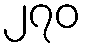
၂၇၀